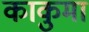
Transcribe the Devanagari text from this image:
काकुमा